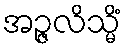
အဉ္ဇလိသ္မိံ